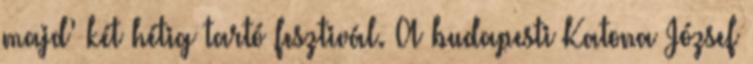
majd’ két hétig tartó fesztivál. A budapesti Katona József